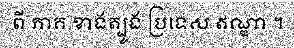
ពី ភាគ ខាងត្បូង ប្រទេស ឥណ្ឌា ។